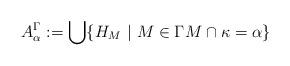
LaTeX: \begin{align*}A^{\Gamma}_\alpha:= \bigcup \{ H_M \ | \ M \in \Gamma M \cap \kappa = \alpha \}\end{align*}